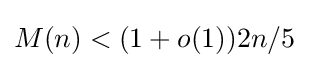
M(n)<(1+o(1))2n/5